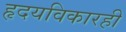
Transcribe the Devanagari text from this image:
हृदयविकारही